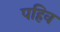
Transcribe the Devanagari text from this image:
पहिव